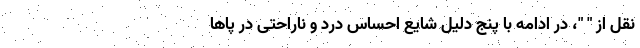
نقل از " "، در ادامه با پنج دلیل شایع احساس درد و ناراحتی در پاها